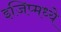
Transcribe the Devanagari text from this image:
इजिप्मध्ये